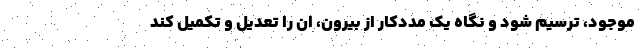
موجود، ترسیم شود و نگاه یک مددکار از بیرون، ان را تعدیل و تکمیل کند